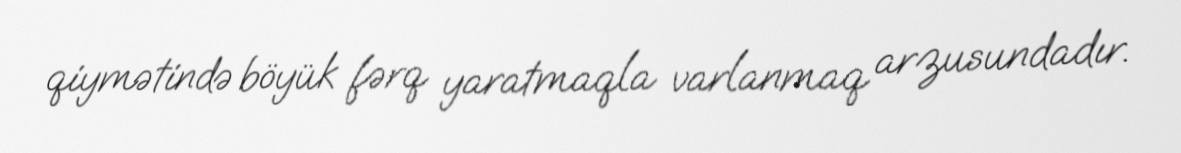
qiymətində böyük fərq yaratmaqla varlanmaq arzusundadır.